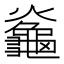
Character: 𪚯